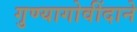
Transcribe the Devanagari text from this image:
गुण्यागोवींदाने